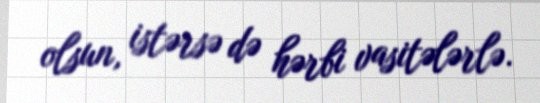
olsun, istərsə də hərbi vasitələrlə.